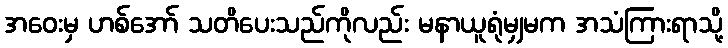
အဝေးမှ ဟစ်အော် သတိပေးသည်ကိုလည်း မနာယူရုံမျှမက အသံကြားရာသို့